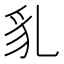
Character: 𧲠